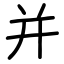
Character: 并